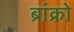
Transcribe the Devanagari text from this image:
ब्रांक्रो